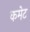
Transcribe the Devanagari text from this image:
कमेट